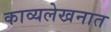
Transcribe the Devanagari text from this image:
काव्यलेखनात